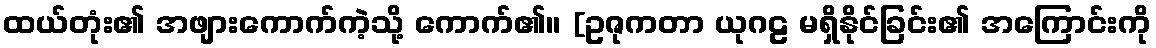
ထယ်တုံး၏ အဖျားကောက်ကဲ့သို့ ကောက်၏။ [ဥဇုကတာ ယုဂဠ မရှိနိုင်ခြင်း၏ အကြောင်းကို